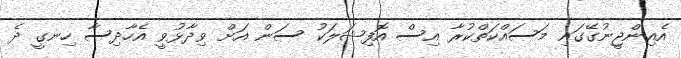
އެއިންޖީނުގޭގައި މަސައްކަތްކުރާ އިސް އޮފިޝަލަކު ސަން އަށް ވިދާޅުވީ އެހާދިސާ ހިނގީ ދެ